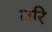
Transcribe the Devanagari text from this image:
लरि